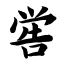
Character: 喾